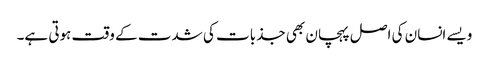
ویسے انسان کی اصل پہچان بھی جذبات کی شدت کے وقت ہوتی ہے۔